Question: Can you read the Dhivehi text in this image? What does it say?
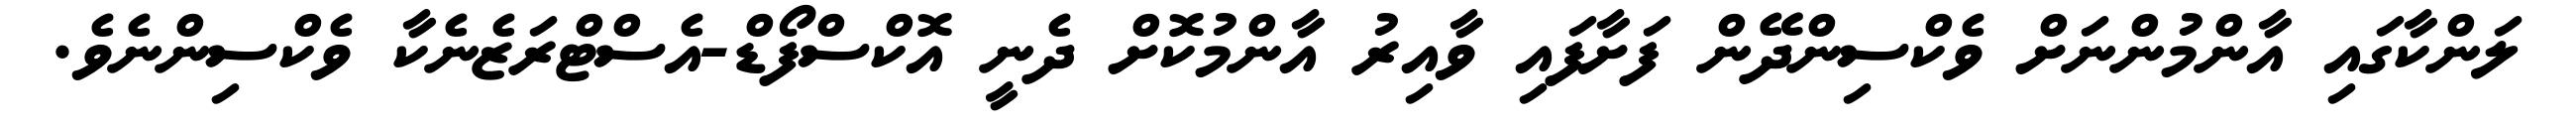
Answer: ލަންކާގައި އާންމުންނަށް ވެކްސިންދޭން ފަށާފައި ވާއިރު އާންމުކޮށް ދެނީ އޮކްސްފޯޑް-އެސްޓްރަޒެނެކާ ވެކްސިންނެވެ.